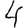
Digit: 4